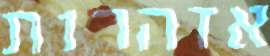
אזהרות